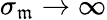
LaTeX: \sigma_{\mathfrak{m}}\to\infty